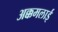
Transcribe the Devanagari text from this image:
अक्कमलाई